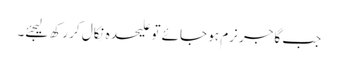
جب گاجر نرم ہو جائے تو علیحدہ نِکال کر رکھ لیجئے۔